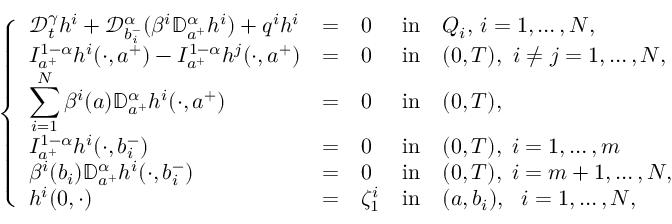
\left\{ \begin{array} { l l l l l l l l l l l l l l l l l } { \displaystyle { \mathcal D } _ { t } ^ { \gamma } h ^ { i } + \mathcal { D } _ { b _ { i } ^ { - } } ^ { \alpha } ( \beta ^ { i } \mathbb { D } _ { a ^ { + } } ^ { \alpha } h ^ { i } ) + q ^ { i } h ^ { i } } & { = } & { 0 } & { \mathrm { i n } } & { Q _ { i } , \, i = 1 , \dots , N , } \\ { \displaystyle I _ { a ^ { + } } ^ { 1 - \alpha } h ^ { i } ( \cdot , a ^ { + } ) - I _ { a ^ { + } } ^ { 1 - \alpha } h ^ { j } ( \cdot , a ^ { + } ) } & { = } & { 0 } & { \mathrm { i n } } & { ( 0 , T ) , ~ i \neq j = 1 , \dots , N , } \\ { \displaystyle \sum _ { i = 1 } ^ { N } \beta ^ { i } ( a ) \mathbb { D } _ { a ^ { + } } ^ { \alpha } h ^ { i } ( \cdot , a ^ { + } ) } & { = } & { 0 } & { \mathrm { i n } } & { ( 0 , T ) , } \\ { \displaystyle I _ { a ^ { + } } ^ { 1 - \alpha } h ^ { i } ( \cdot , b _ { i } ^ { - } ) } & { = } & { 0 } & { \mathrm { i n } } & { ( 0 , T ) , \; i = 1 , \dots , m } \\ { \displaystyle \beta ^ { i } ( b _ { i } ) \mathbb { D } _ { a ^ { + } } ^ { \alpha } h ^ { i } ( \cdot , b _ { i } ^ { - } ) } & { = } & { 0 } & { \mathrm { i n } } & { ( 0 , T ) , \; i = m + 1 , \dots , N , } \\ { \displaystyle h ^ { i } ( 0 , \cdot ) } & { = } & { \zeta _ { 1 } ^ { i } } & { \mathrm { i n } } & { ( a , b _ { i } ) , ~ ~ i = 1 , \dots , N , } \end{array} \right.